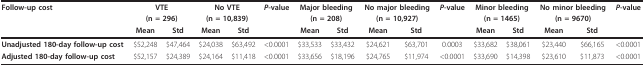
<table><thead><tr><td><b>Follow-up cost</b></td><td colspan="2"><b>VTE</b></td><td colspan="2"><b>No VTE</b></td><td><b><i>P</i>-value</b></td><td colspan="2"><b>Major bleeding</b></td><td colspan="2"><b>No major bleeding</b></td><td><b><i>P</i>-value</b></td><td colspan="2"><b>Minor bleeding</b></td><td colspan="2"><b>No minor bleeding</b></td><td><b><i>P</i>-value</b></td></tr><tr><td></td><td colspan="2"><b>(n = 296)</b></td><td colspan="2"><b>(n = 10,839)</b></td><td></td><td colspan="2"><b>(n = 208)</b></td><td colspan="2"><b>(n = 10,927)</b></td><td></td><td colspan="2"><b>(n = 1465)</b></td><td colspan="2"><b>(n = 9670)</b></td><td></td></tr><tr><td></td><td><b>Mean</b></td><td><b>Std</b></td><td><b>Mean</b></td><td><b>Std</b></td><td></td><td><b>Mean</b></td><td><b>Std</b></td><td><b>Mean</b></td><td><b>Std</b></td><td></td><td><b>Mean</b></td><td><b>Std</b></td><td><b>Mean</b></td><td><b>Std</b></td><td></td></tr></thead><tbody><tr><td><b>Unadjusted 180-day follow-up cost</b></td><td>$52,248</td><td>$47,464</td><td>$24,038</td><td>$63,492</td><td>&lt;0.0001</td><td>$33,533</td><td>$33,432</td><td>$24,621</td><td>$63,701</td><td>0.0003</td><td>$33,682</td><td>$38,061</td><td>$23,440</td><td>$66,165</td><td>&lt;0.0001</td></tr><tr><td><b>Adjusted 180-day follow-up cost</b></td><td>$52,157</td><td>$24,389</td><td>$24,164</td><td>$11,418</td><td>&lt;0.0001</td><td>$33,656</td><td>$18,196</td><td>$24,765</td><td>$11,974</td><td>&lt;0.0001</td><td>$33,690</td><td>$14,398</td><td>$23,610</td><td>$11,873</td><td>&lt;0.0001</td></tr></tbody></table>